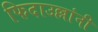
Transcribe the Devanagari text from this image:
फिदाउल्लांनी